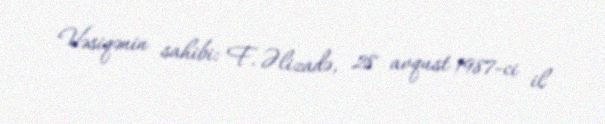
Vəsiqənin sahibi: F. Əlizadə, 28 avqust 1987-ci il